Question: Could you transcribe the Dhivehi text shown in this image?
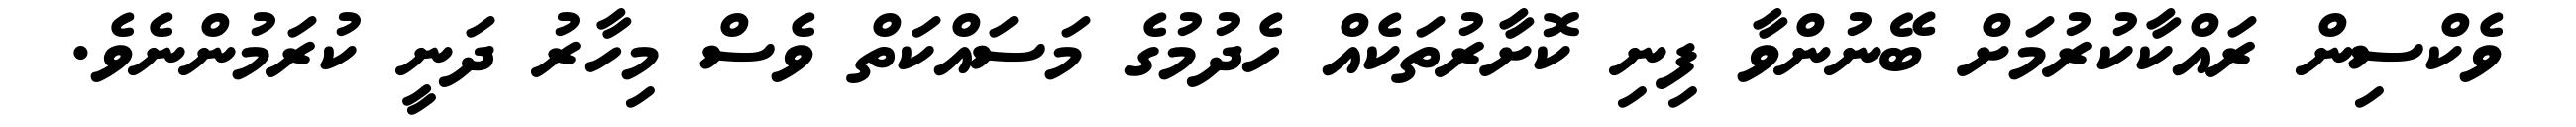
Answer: ވެކްސިން ރައްކާކުރުމަށް ބޭނުންވާ ފިނި ކޮށާރުތަކެއް ހެދުމުގެ މަސައްކަތް ވެސް މިހާރު ދަނީ ކުރަމުންނެވެ.